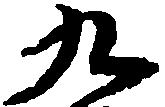
九